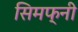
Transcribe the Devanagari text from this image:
सिमफ्नी